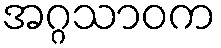
အဂ္ဂသာဝက